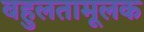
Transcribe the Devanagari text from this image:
बहुलतामूलक